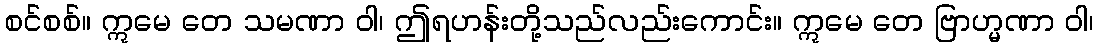
စင်စစ်။ ဣမေ တေ သမဏာ ဝါ၊ ဤရဟန်းတို့သည်လည်းကောင်း။ ဣမေ တေ ဗြာဟ္မဏာ ဝါ၊